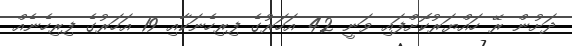
ދަށުން ރޭ ހައްޔަރުކޮށްފައި ވަނީ 42 އަހަރުގެ ފިރިހެނަކާއި 19 އަހަރުގެ ފިރިހެނެއް